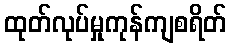
ထုတ်လုပ်မှုကုန်ကျစရိတ်